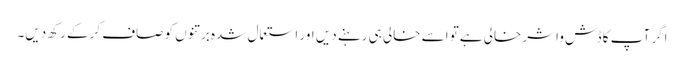
اگر آپ کا ڈش واشر خالی ہےتو اسے خالی ہی رہنے دیں اور استعمال شدہ برتنوں کو صاف کرکے رکھ دیں۔